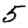
Digit: 5